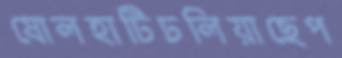
ষোলহাটিঢলিয়াছেপ